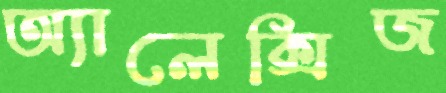
অ্যালেক্সিজ